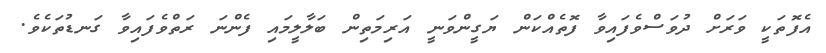
އެފޮތަކީ ވަރަށް ދުވަސްވެފައިވާ ފޮތެއްކަން ޔަގީންވަނީ އަރިމަތިން ބަލާލީމައި ފެންނަ ރަތްވެފައިވާ ގަނޑުތަކެވެ.